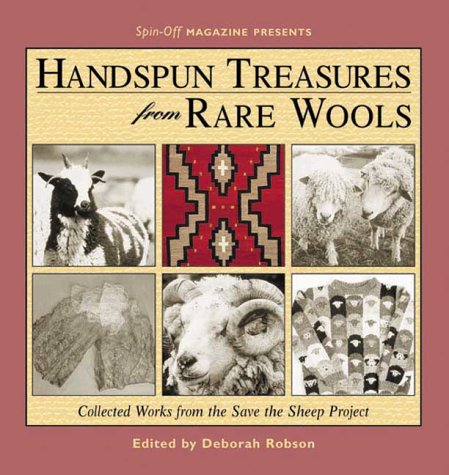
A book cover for Handspun Treasures from Rare Wools; Crafts, Hobbies & Home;